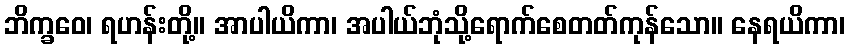
ဘိက္ခဝေ၊ ရဟန်းတို့။ အာပါယိကာ၊ အပါယ်ဘုံသို့ရောက်စေတတ်ကုန်သော။ နေရယိကာ၊